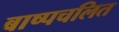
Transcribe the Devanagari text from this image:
बाष्पचलित